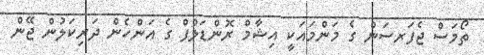
ތޯމަސް ޖެފަރސަން ގެ މަންމައަކީ އިޝާމް ރޮންޑަލްފް ގެ އަންހެން ދަރިކަލުން ޖޭން